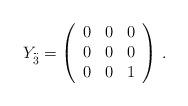
LaTeX: \begin{align*}Y_{\stackrel{.\!.\!.}{3}}=\left(\begin{array}{ccc}0&0&0\\0&0&0\\0&0&1\end{array}\right)\,.\end{align*}